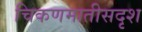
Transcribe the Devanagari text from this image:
चिकणमातीसदृश